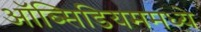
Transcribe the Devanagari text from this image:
ऑब्सिडियममध्ये